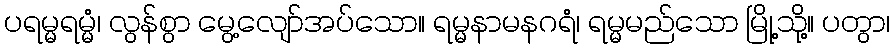
ပရမ္မရမ္မံ၊ လွန်စွာ မွေ့လျော်အပ်သော။ ရမ္မနာမနဂရံ၊ ရမ္မမည်သော မြို့သို့။ ပတွာ၊